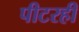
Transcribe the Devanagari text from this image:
पीटरही